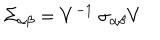
LaTeX: \Sigma _ { \alpha \beta } = V ^ { - 1 } ~ \sigma _ { \alpha \beta } V